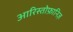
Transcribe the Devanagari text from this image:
आरिस्तोफ़ानिज़